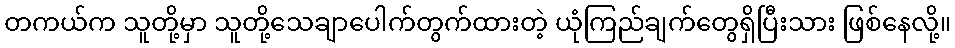
တကယ်က သူတို့မှာ သူတို့သေချာပေါက်တွက်ထားတဲ့ ယုံကြည်ချက်တွေရှိပြီးသား ဖြစ်နေလို့။